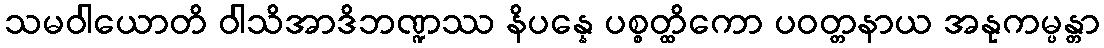
သမဝါယောတိ ဝါသိအာဒိဘဏ္ဍဿ နိပန္နေ ပစ္စတ္ထိကော ပဝတ္တနာယ အနုကမ္ပန္တာ